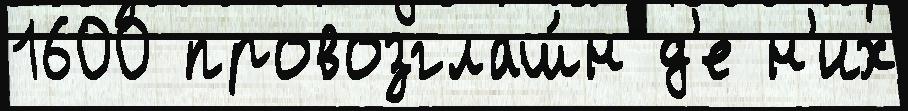
1600 провозглаш́н д'е н'их